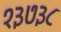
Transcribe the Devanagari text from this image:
१३७३८